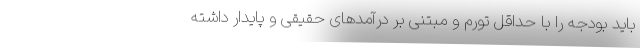
باید بودجه را با حداقل تورم و مبتنی بر درآمدهای حقیقی و پایدار داشته